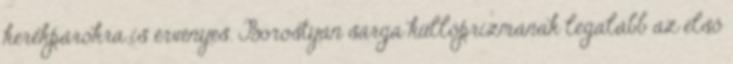
kerékpárokra is érvényes. Borostyán sárga küllőprizmának legalább az első